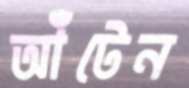
আঁটেন